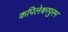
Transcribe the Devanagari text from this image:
कपिलेश्वरपुरम